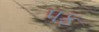
પફ